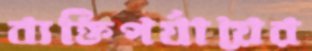
ব্যক্তিপর্যায়ের